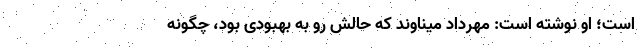
است؛ او نوشته است: مهرداد میناوند که حالش رو به بهبودی بود، چگونه